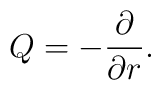
Q=-{\partial \over \partial r}.